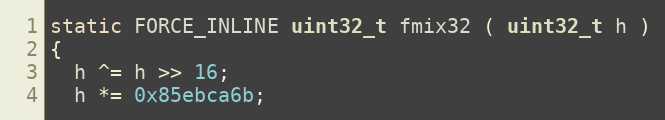
Language: C
static FORCE_INLINE uint32_t fmix32 ( uint32_t h )
{
  h ^= h >> 16;
  h *= 0x85ebca6b;